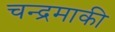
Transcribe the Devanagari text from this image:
चन्द्रमाकी